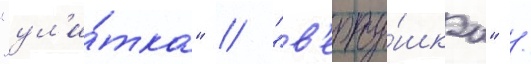
"ул'и́тка" / "в'ерту́шка" /